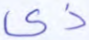
ذي